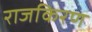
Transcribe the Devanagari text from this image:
राजकिरण